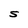
Character: S